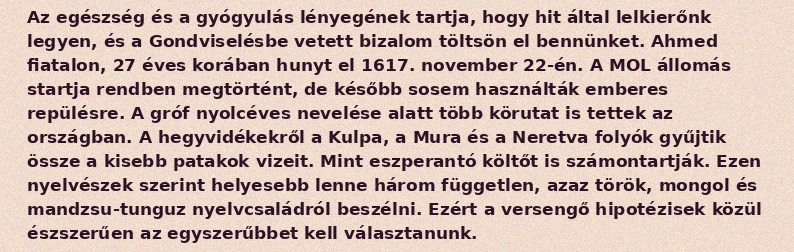
Az egészség és a gyógyulás lényegének tartja, hogy hit által lelkierőnk legyen, és a Gondviselésbe vetett bizalom töltsön el bennünket. Ahmed fiatalon, 27 éves korában hunyt el 1617. november 22-én. A MOL állomás startja rendben megtörtént, de később sosem használták emberes repülésre. A gróf nyolcéves nevelése alatt több körutat is tettek az országban. A hegyvidékekről a Kulpa, a Mura és a Neretva folyók gyűjtik össze a kisebb patakok vizeit. Mint eszperantó költőt is számontartják. Ezen nyelvészek szerint helyesebb lenne három független, azaz török, mongol és mandzsu-tunguz nyelvcsaládról beszélni. Ezért a versengő hipotézisek közül észszerűen az egyszerűbbet kell választanunk.